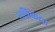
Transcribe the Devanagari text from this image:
सन्निकटत